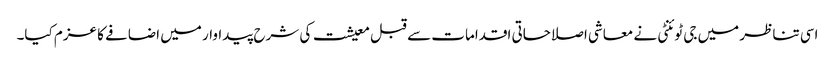
اسی تناظر میں جی ٹوئنٹی نے معاشی اصلاحاتی اقدامات سے قبل معیشت کی شرح پیداوار میں اضافے کا عزم کیا۔